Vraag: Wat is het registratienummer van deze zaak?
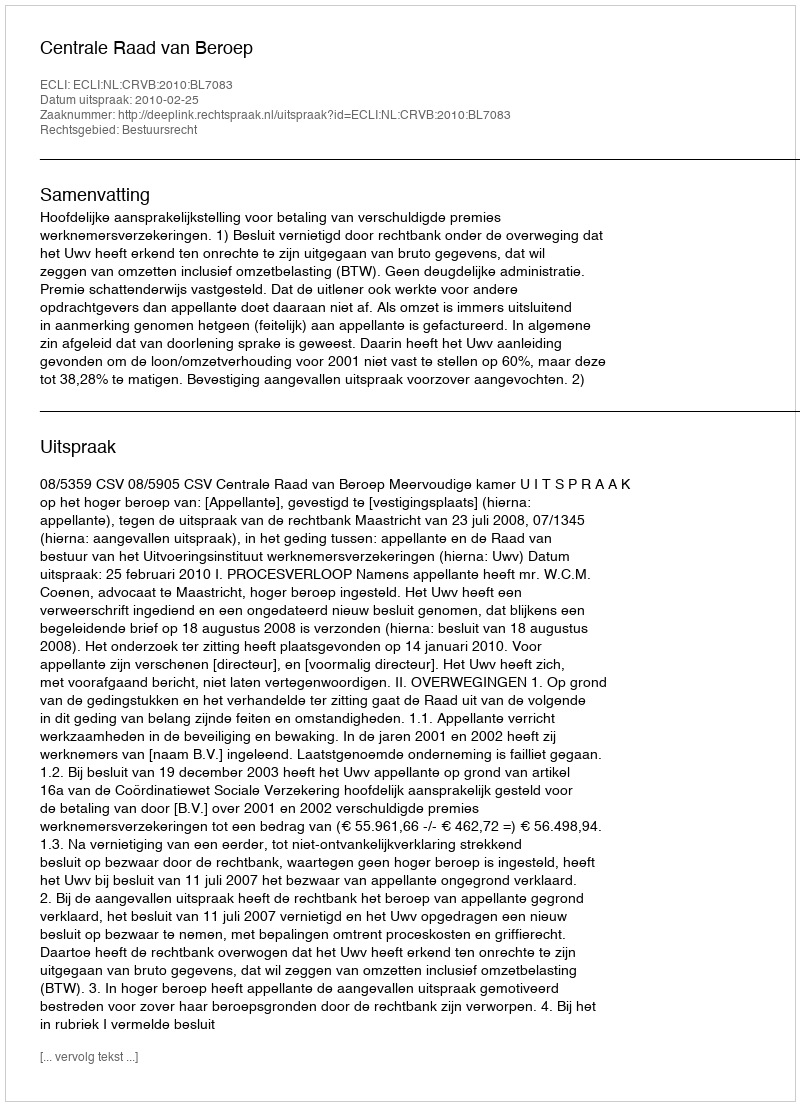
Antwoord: http://deeplink.rechtspraak.nl/uitspraak?id=ECLI:NL:CRVB:2010:BL7083